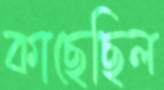
কাছেছিল